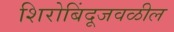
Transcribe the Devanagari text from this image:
शिरोबिंदूजवळील